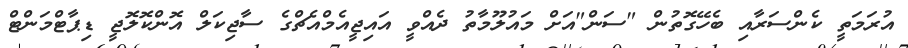
އުރަމަތީ ކެންސަރާއި ބެހޭގޮތުން "ސަން"އަށް މައުލޫމާތު ދެއްވީ އައިޖީއެމްއެޗްގެ ސާޖިކަލް އޮންކޮލޮޖީ ޑިޕާޓްމަންޓް